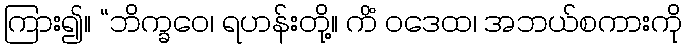
ကြား၍။ “ဘိက္ခဝေ၊ ရဟန်းတို့။ ကိံ ဝဒေထ၊ အဘယ်စကားကို